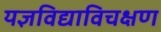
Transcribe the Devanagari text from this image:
यज्ञविद्याविचक्षण